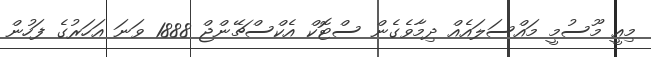
މިއީ މޫސުމީ މައްސަލައެއް ދިމާވެގެން ސްޓޮކް އެކްސްޗޭންޖް 1888 ވަނަ އަހަރުގެ ފަހުން